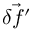
\vec { \delta f ^ { \prime } }